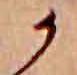
か